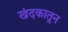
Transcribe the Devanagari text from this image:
खंदकातून